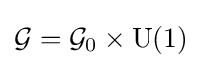
{\mathcal {G}}={\mathcal {G}}_{0}\times \operatorname {U} (1)